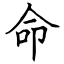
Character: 命